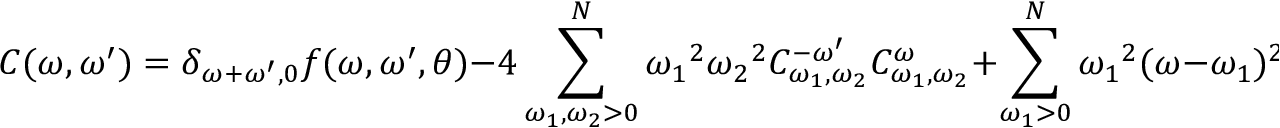
C ( \omega , \omega ^ { \prime } ) = \delta _ { { \omega + \omega ^ { \prime } } , 0 } f ( \omega , \omega ^ { \prime } , \theta ) - 4 \sum _ { \omega _ { 1 } , \omega _ { 2 } > 0 } ^ { N } { \omega _ { 1 } } ^ { 2 } { \omega _ { 2 } } ^ { 2 } C _ { \omega _ { 1 } , \omega _ { 2 } } ^ { - \omega ^ { \prime } } \: C _ { \omega _ { 1 } , \omega _ { 2 } } ^ { \omega } + \sum _ { \omega _ { 1 } > 0 } ^ { N } { \omega _ { 1 } } ^ { 2 } \: ( \omega - \omega _ { 1 } ) ^ { 2 } \: C _ { \omega _ { 1 } , \omega - \omega _ { 1 } } ^ { - \omega ^ { \prime } }